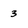
Character: 3